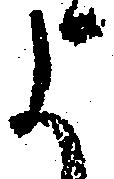
よ